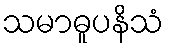
သမာဓူပနိသံ